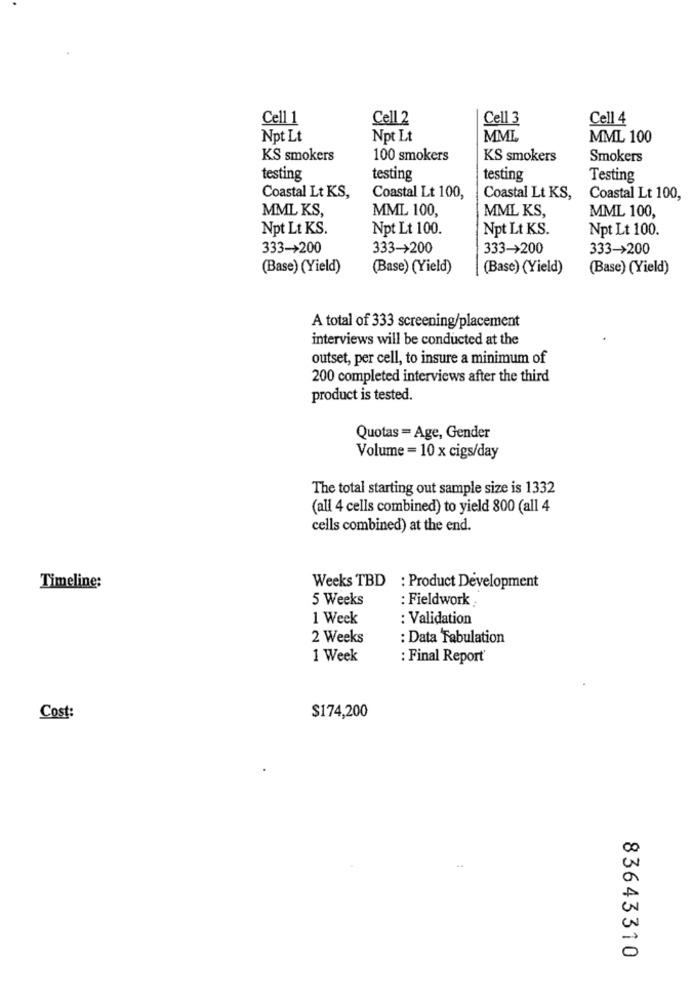
Cell 1
Cell 2
Cell 3
Cell 4
Npt Lt
Npt Lt
MML
MML 100
KS smokers
100 smokers
KS smokers
Smokers
testing
testing
testing
Testing
Coastal Lt KS,
Coastal Lt 100,
Coastal Lt KS,
Coastal Lt 100,
MML KS,
MML KS,
MML 100,
MML 100,
Npt Lt KS.
Npt Lt 100.
Npt Lt KS.
Npt Lt 100.
333->200
333->200
333->200
333->200
(Base) (Yield)
(Base) (Yield)
(Base) (Yield)
(Base) (Yield)
A total of 333 screening/placement
interviews will be conducted at the
outset, per cell, to insure a minimum of
200 completed interviews after the third
product is tested.
Quotas = Age, Gender
Volume = 10 x cigs/day
The total starting out sample size is 1332
(all 4 cells combined) to yield 800 (all 4
cells combined) at the end.
Timeline:
Weeks TBD : Product Development
5 Weeks
: Fieldwork
1 Week
: Validation
2 Weeks
: Data Tabulation
1 Week
: Final Report
$174,200
Cost:
..
83643310